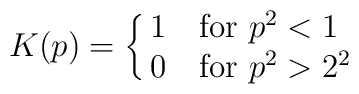
K(p) = \cases{1 &for $p^2 < 1$\cr0 &for $p^2 > 2^2$\cr}